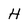
Character: H